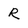
Character: R